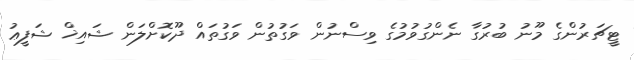
ޓީޗަރުންގެ މޫނު ބުރުގާ ނެންގުވުމުގެ ވިސްނުން ވަގުތުން ވަގުތައް ދޫކޮށްލަން ޝައިޚް ޝަފީޢު